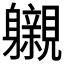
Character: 𮜽